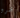
عمرو